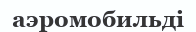
аэромобильді